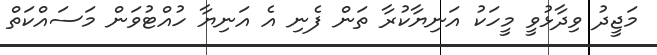
މަޖީދު ވިދާޅުވީ މީހަކު އަނިޔާކުރާ ތަން ފެނި އެ އަނިޔާ ހުއްޓުވަން މަސައްކަތް